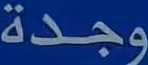
وجدة